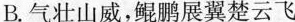
B.气壮山威，鲲鹏展翼楚云飞